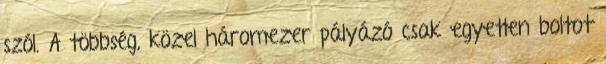
szól. A többség, közel háromezer pályázó csak egyetlen boltot